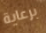
برعاية